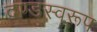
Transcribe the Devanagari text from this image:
दण्डस्वरूप